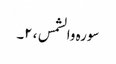
سورہ والشمس ، ۲۔